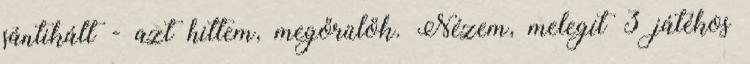
sántikált - azt hittem, megőrülök. Nézem, melegít 3 játékos